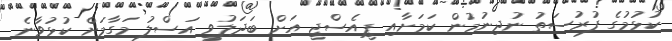
ކުޅުމުގެ ފުރުސަތު ނުދިނުމުން ކަމަށާއި ޕީއެސްޖީ އަށް ބަދަލުވީ އަސްލު މަގާމަށް ކުޅުވާނެ